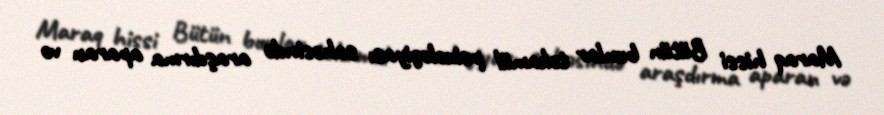
Maraq hissi Bütün bunlar təkamül psixologiyası sahəsində araşdırma aparan və